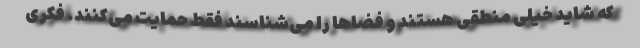
که شاید خیلی منطقی هستند و فضاها را می‌شناسند فقط حمایت می‌کنند. فکری